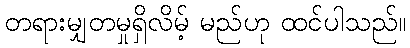
တရားမျှတမှုရှိလိမ့် မည်ဟု ထင်ပါသည်။